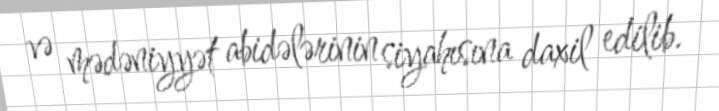
və mədəniyyət abidələrinin siyahısına daxil edilib.